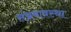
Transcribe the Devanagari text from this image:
संभ्रमावस्था